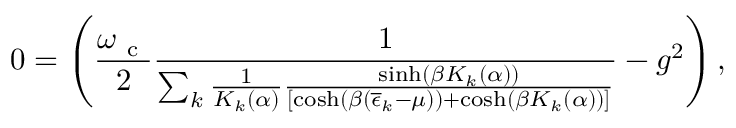
0 = \left( \frac { \omega _ { \mathrm { ~ c ~ } } } { 2 } \frac { 1 } { \sum _ { k } \frac { 1 } { K _ { k } ( \alpha ) } \frac { \sinh \left( \beta K _ { k } ( \alpha ) \right) } { \left[ \cosh \left( \beta \left( \overline { { \epsilon } } _ { k } - \mu \right) \right) + \cosh \left( \beta K _ { k } ( \alpha ) \right) \right] } } - g ^ { 2 } \right) ,